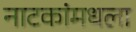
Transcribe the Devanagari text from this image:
नाटकांमधला